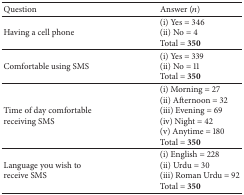
<table><thead><tr><td><b>Question</b></td><td><b>Answer (<i>n</i>)</b></td></tr></thead><tbody><tr><td>Having a cell phone</td><td>(i) Yes = 346(ii) No = 4Total = <b>350</b></td></tr><tr><td>Comfortable using SMS</td><td>(i) Yes = 339(ii) No = 11Total = <b>350</b></td></tr><tr><td>Time of day comfortable receiving SMS</td><td>(i) Morning = 27(ii) Afternoon = 32(iii) Evening = 69(iv) Night = 42(v) Anytime = 180Total = <b>350</b></td></tr><tr><td>Language you wish to receive SMS</td><td>(i) English = 228(ii) Urdu = 30(iii) Roman Urdu = 92Total = <b>350</b></td></tr></tbody></table>